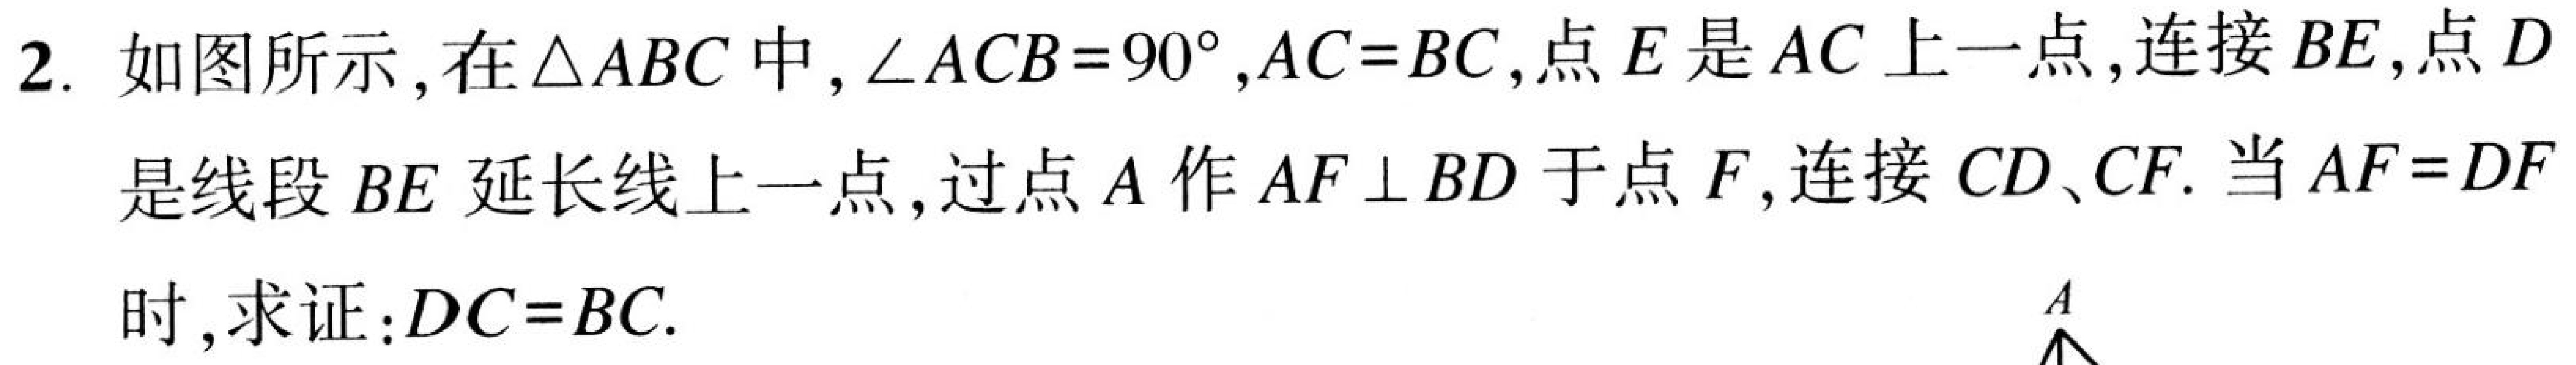
2. 如图所示，在\(\triangle ABC\)中，\(\angle ACB = 90^{\circ},AC = BC\)，点\(E\)是\(AC\)上一点，连接\(BE\)，点\(D\)
是线段\(BE\)延长线上一点，过点\(A\)作\(AF\perp BD\)于点\(F\)，连接\(CD、CF\). 当\(AF = DF\)
时，求证：\(DC = BC\).